Civil Veterinary Department. United Provinces 1923-31 - 1923-1931
Year: 1923
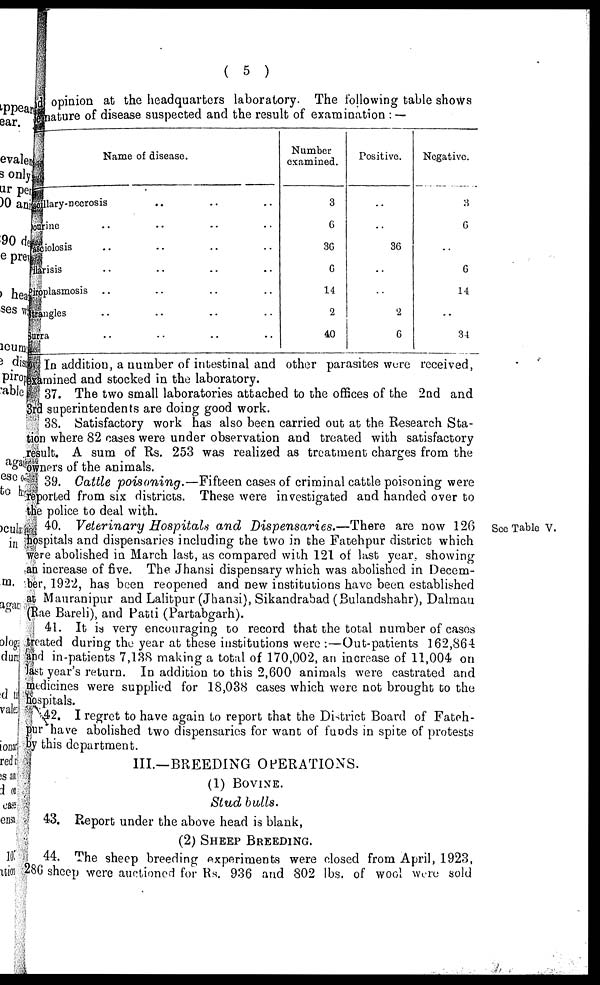
( 5 )
opinion at the headquarters laboratory. The following table shows
nature of disease suspected and the result of examination : —
Name of disease.
lary-neerosis .. .. ..
rine .. .. .. ..
ciolosis .. .. .. ..
risi .. .. ....
plasmosis .. .. .. ..
mgles .. .. .. ..
ra .. .. .. ..
Number
examined.
3
6
36
6
14
2
40
Positive.
..
..
36
..
..
2
6
Negative.
3
6
..
6
14
..
34
In addition, a number of intestinal and other parasites were received,
amined and stocked in the laboratory.
37. The two small laboratories attached to the offices of the 2nd and
d superintendents are doing good work.
38. Satisfactory work has also been carried out at the Research Sta-
m where 82 cases were under observation and treated with satisfactory
suit. A sura of Rs. 253 was realized as treatment charges from the
mers of the animals.
39. Cattle poisoning.—Fifteen cases of criminal cattle poisoning were
ported from six districts. These were investigated and handed over to
e police to deal with.
40. Veterinary Hospitals and Dispensaries.—There
arc now 120
ispitals and dispensaries including the two in the Fatehpur district which
ere abolished in March last, as compared with 121 of last year. showing
increase of five. The Jhansi dispensary which was abolished in Decem-
r, 1922, has been reopened and new institutions have been established
Manranipur and Lalitpur (Jhansi), Sikandrabad (Bulandshahr), Dalman
Rae Bareli), and Patti (Partabgarh).
41. It is very enconraging to record that the total number of cases
ated during the year at these institutions were : — Out-patients 162,864
d in-patients 7,138 making a total of 170,002, an increase of 11,004 on
t year's return. In addition to this 2,600 animals were castrated and
dicines were supplied for 18,038 cases which were not brought to the
capitals.
42. I regret to have again to report that the District Board of Fateh-
tir have abolished two dispensaries for want of funds in spite of protests
y this department.
III.—BREEDING OPERATIONS.
(1) BOVINE.
Stud balls.
43. Report under the above head is blank,
(2) SHEEP BREEDING.
44. The sheep breeding experiments were closed from April, 1923.
86 sheep were autioned for Rs. 936 and 802 lbs. of wool were sold